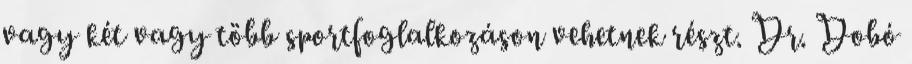
vagy két vagy több sportfoglalkozáson vehetnek részt. Dr. Dobó